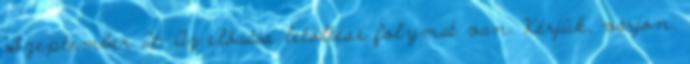
Szeptember 26. Az előadás letöltése folymat van. Kérjük, várjon.